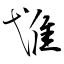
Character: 隿